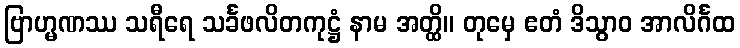
ဗြာဟ္မဏဿ သရီရေ သင်္ခဖလိတကုဋ္ဌံ နာမ အတ္ထိ။ တုမှေ ဧတံ ဒိသွာဝ အာလိင်္ဂထ